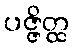
ပဇ္ဇိတ္ထ